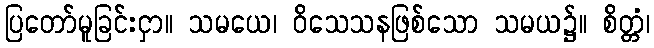
ပြတော်မူခြင်းငှာ။ သမယေ၊ ဝိသေသနဖြစ်သော သမယ၌။ စိတ္တံ၊